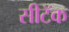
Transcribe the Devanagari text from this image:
सीटॅक